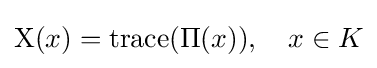
\mathrm {X} (x)=\operatorname {trace} (\Pi (x)),\quad x\in K